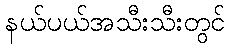
နယ်ပယ်အသီးသီးတွင်